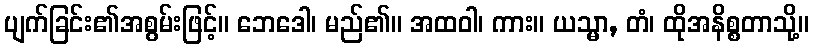
ပျက်ခြင်း၏အစွမ်းဖြင့်။ ဘေဒေါ၊ မည်၏။ အထဝါ၊ ကား။ ယသ္မာ, တံ၊ ထိုအနိစ္စတာသို့။